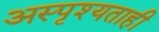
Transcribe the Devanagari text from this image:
अस्पृश्यताही